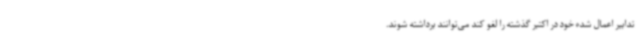
تدابیر اعمال شده خود در اکتبر گذشته را لغو کند می‌توانند برداشته شوند.